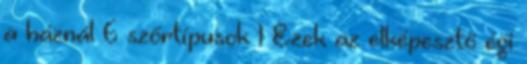
a háznál 6 szőrtípusok 1 Ezek az elképesztő égi